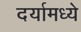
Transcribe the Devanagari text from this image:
दर्यामध्ये